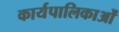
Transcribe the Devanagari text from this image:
कार्यपालिकाओं